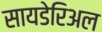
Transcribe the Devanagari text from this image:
सायडेरिअल